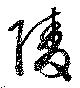
陵